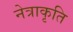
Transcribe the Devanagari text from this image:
नेत्राकृति